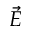
\vec { E }